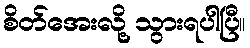
စိတ်အေးလို့ သွားရပါပြီ။